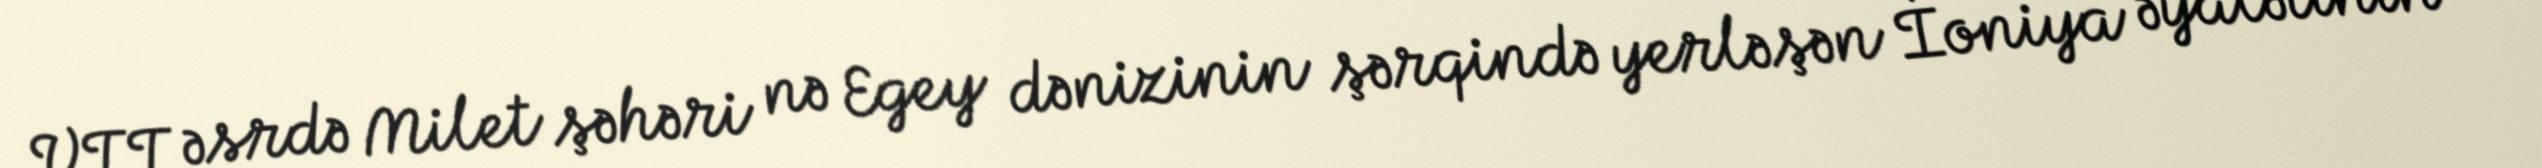
VII əsrdə Milet şəhəri nə Egey dənizinin şərqində yerləşən İoniya əyalətinin